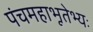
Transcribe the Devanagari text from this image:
पंचमहाभूतेभ्यः